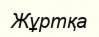
Жұртқа